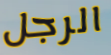
الرجل